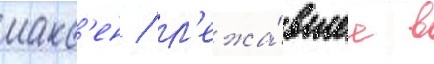
макс'ен / л'ежа́вшее в